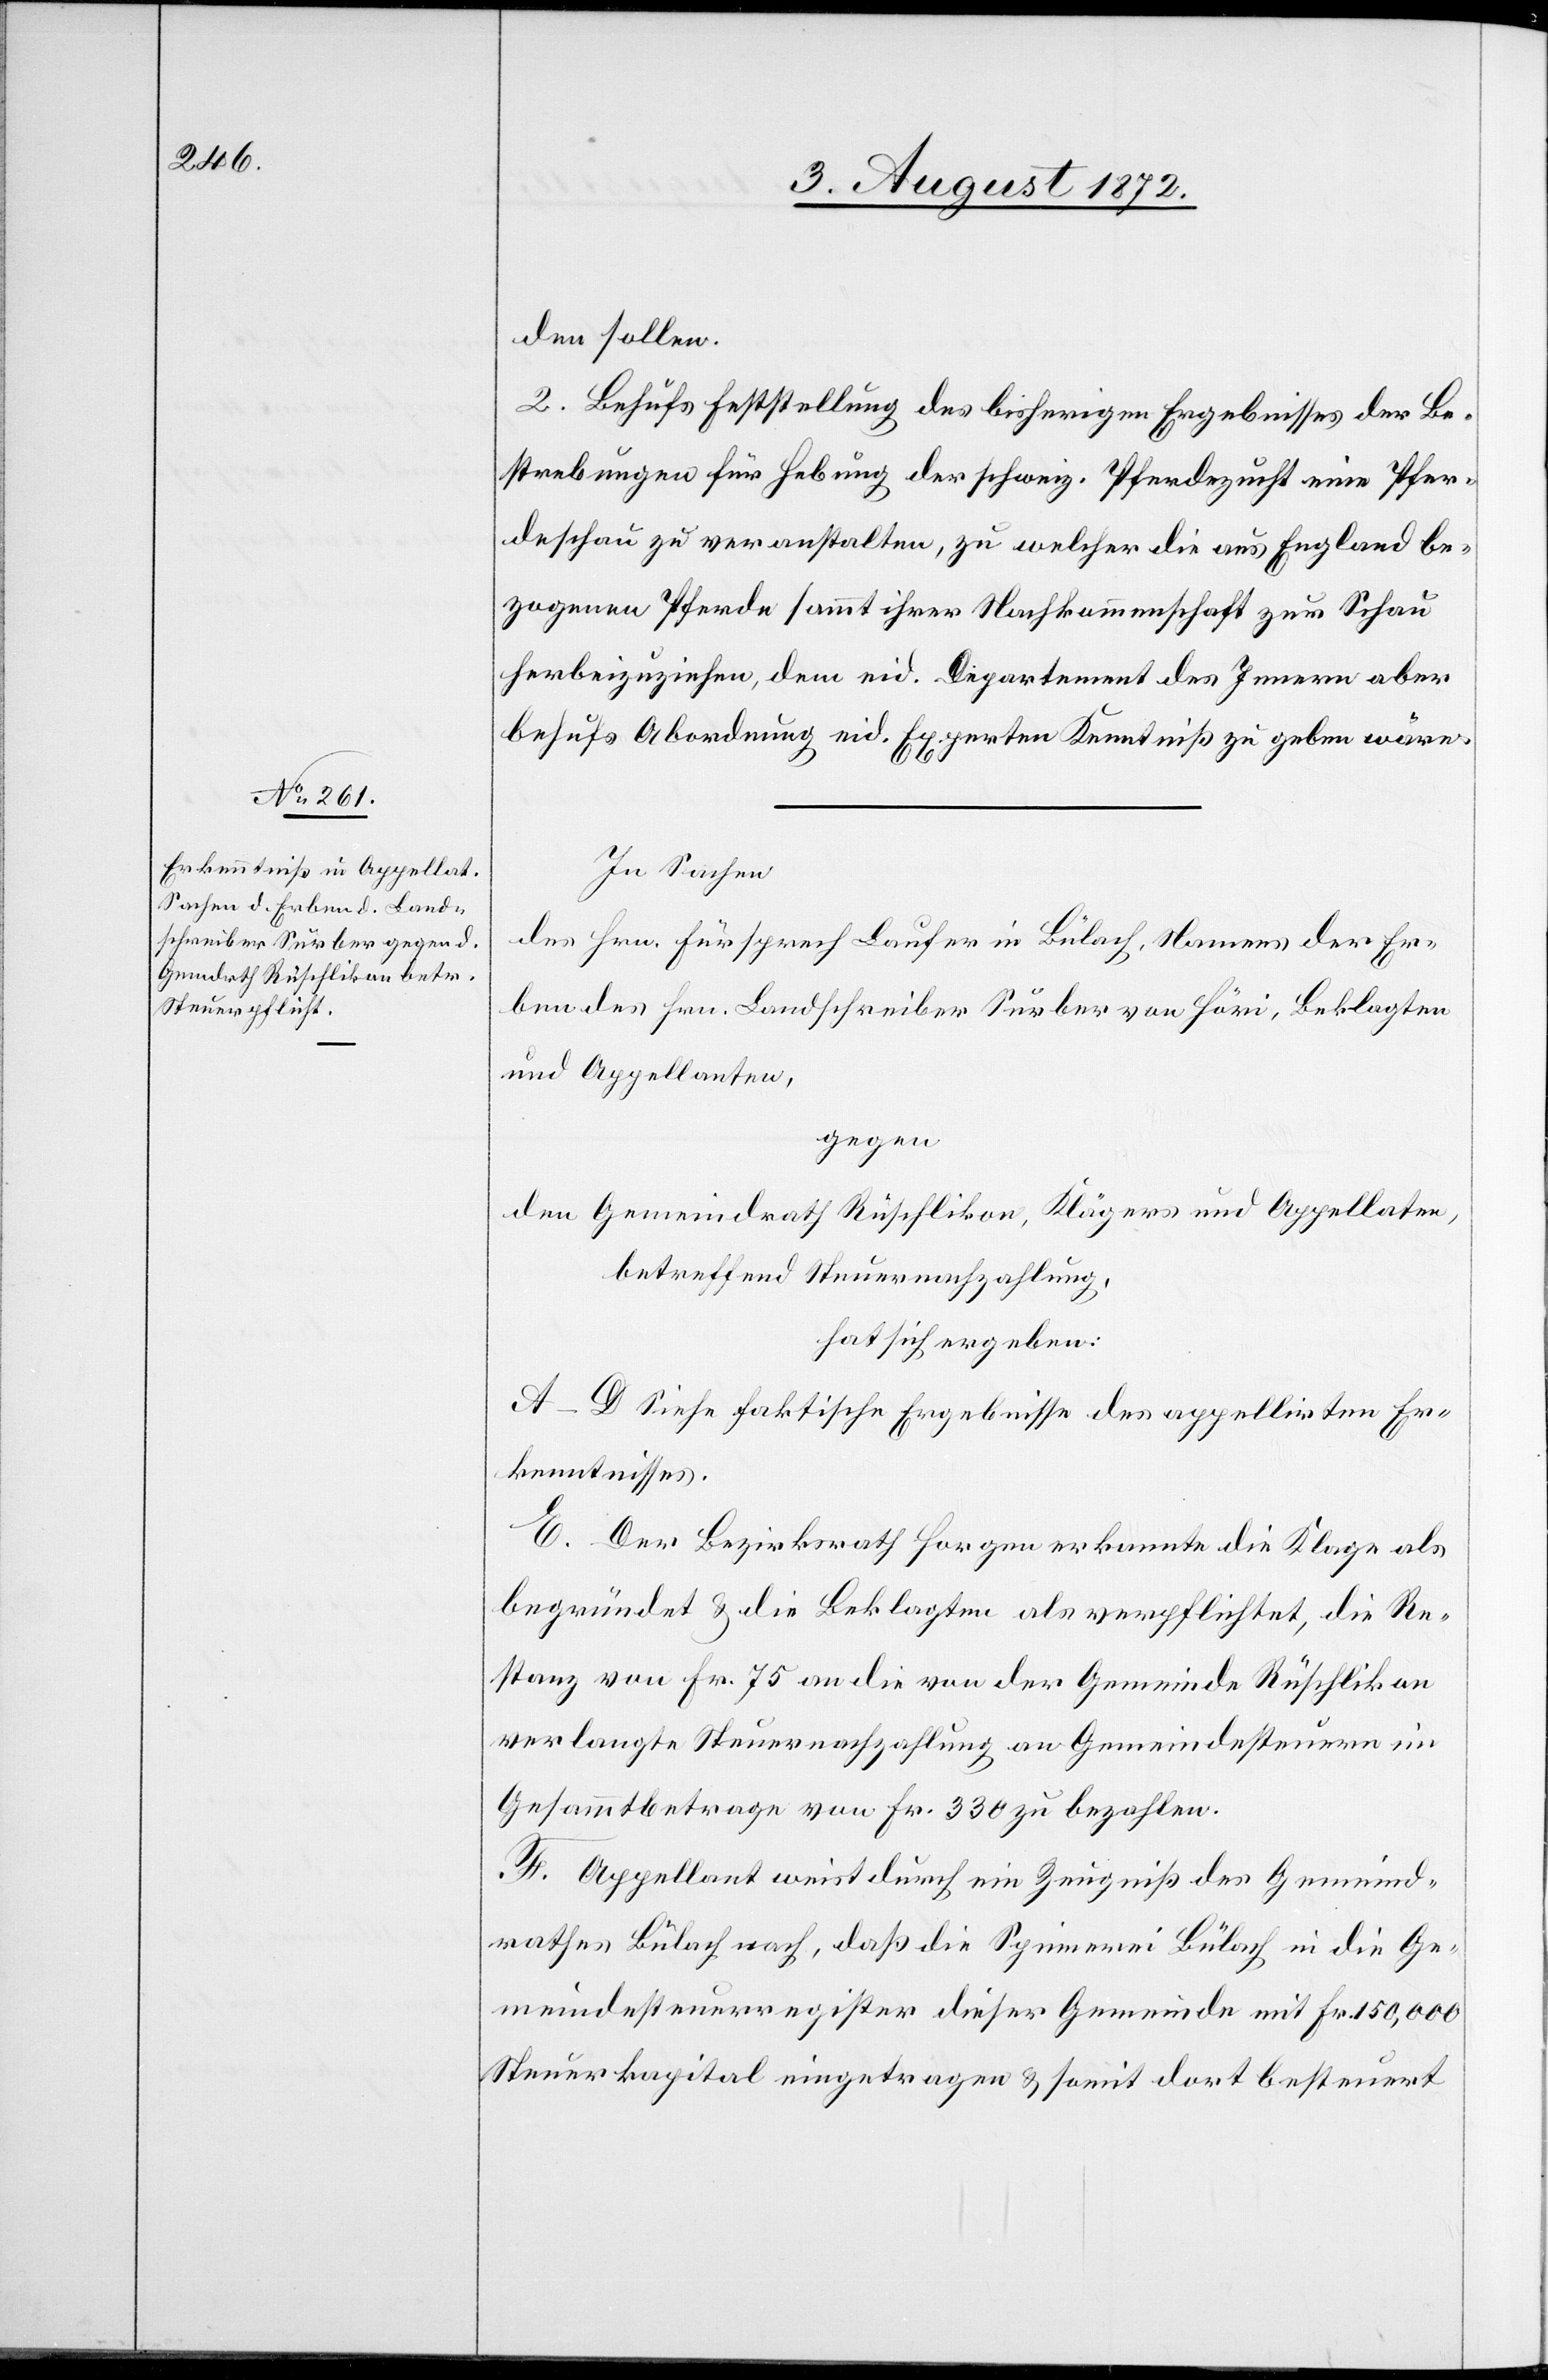
den sollen.
2. Behufs Feststellung des bisherigen Ergebnisses der Be¬
strebungen für Hebung der schweiz. Pferdezucht eine Pfer¬
deschau zu veranstalten, zu welcher die aus England be¬
zogenen Pferde sammt ihrer Nachkommenschaft zur Schau
herbeizuziehen, dem eid. Departement des Innern aber
behufs Abordnung eid. Experten Kenntniß zu geben wären.
In Sachen
des Hrn. Fürsprech Laufer in Bülach, Namens der Er¬
ben des Hrn. Landschreiber Surber von Höri, Beklagten
und Appellanten,
gegen
den Gemeindrath Rüschlikon, Klägers und Appellaten,
betreffend Steuernachzahlung,
hat sich ergeben:
A–D Siehe faktische Ergebnisse des appellirten Er¬
kenntnisses.
E. Der Bezirksrath Horgen erkannte die Klage als
begründet u. die Beklagten als verpflichtet, die Re¬
stanz von Fr. 75 an die von der Gemeinde Rüschlikon
verlangte Steuernachzahlung an Gemeindesteuern im
Gesammtbetrage von Fr. 330 zu bezahlen.
F. Appellant weist durch ein Zeugniß des Gemeind¬
rathes Bülach nach, daß die Spinnerei Bülach in die Ge¬
meindesteuerregister dieser Gemeinde mit Fr. 150,000
Steuerkapital eingetragen u. somit dort besteuert